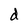
Character: d